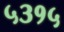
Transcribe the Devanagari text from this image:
५३१५